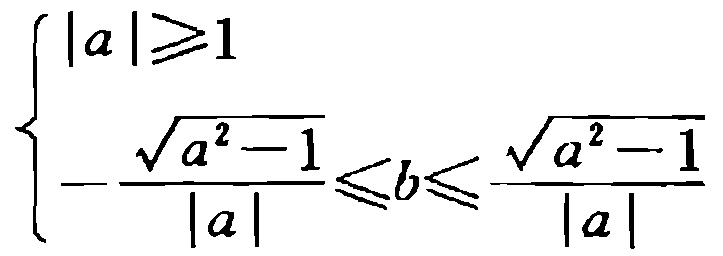
$\begin{cases}
|a|\geqslant1\\
-\frac{\sqrt{a^{2}-1}}{|a|}\leqslant b\leqslant\frac{\sqrt{a^{2}-1}}{|a|}
\end{cases}$